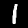
Label: 1